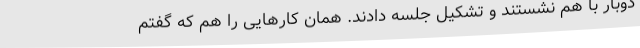
دوبار با هم نشستند و تشکیل جلسه دادند. همان کارهایی را هم که گفتم